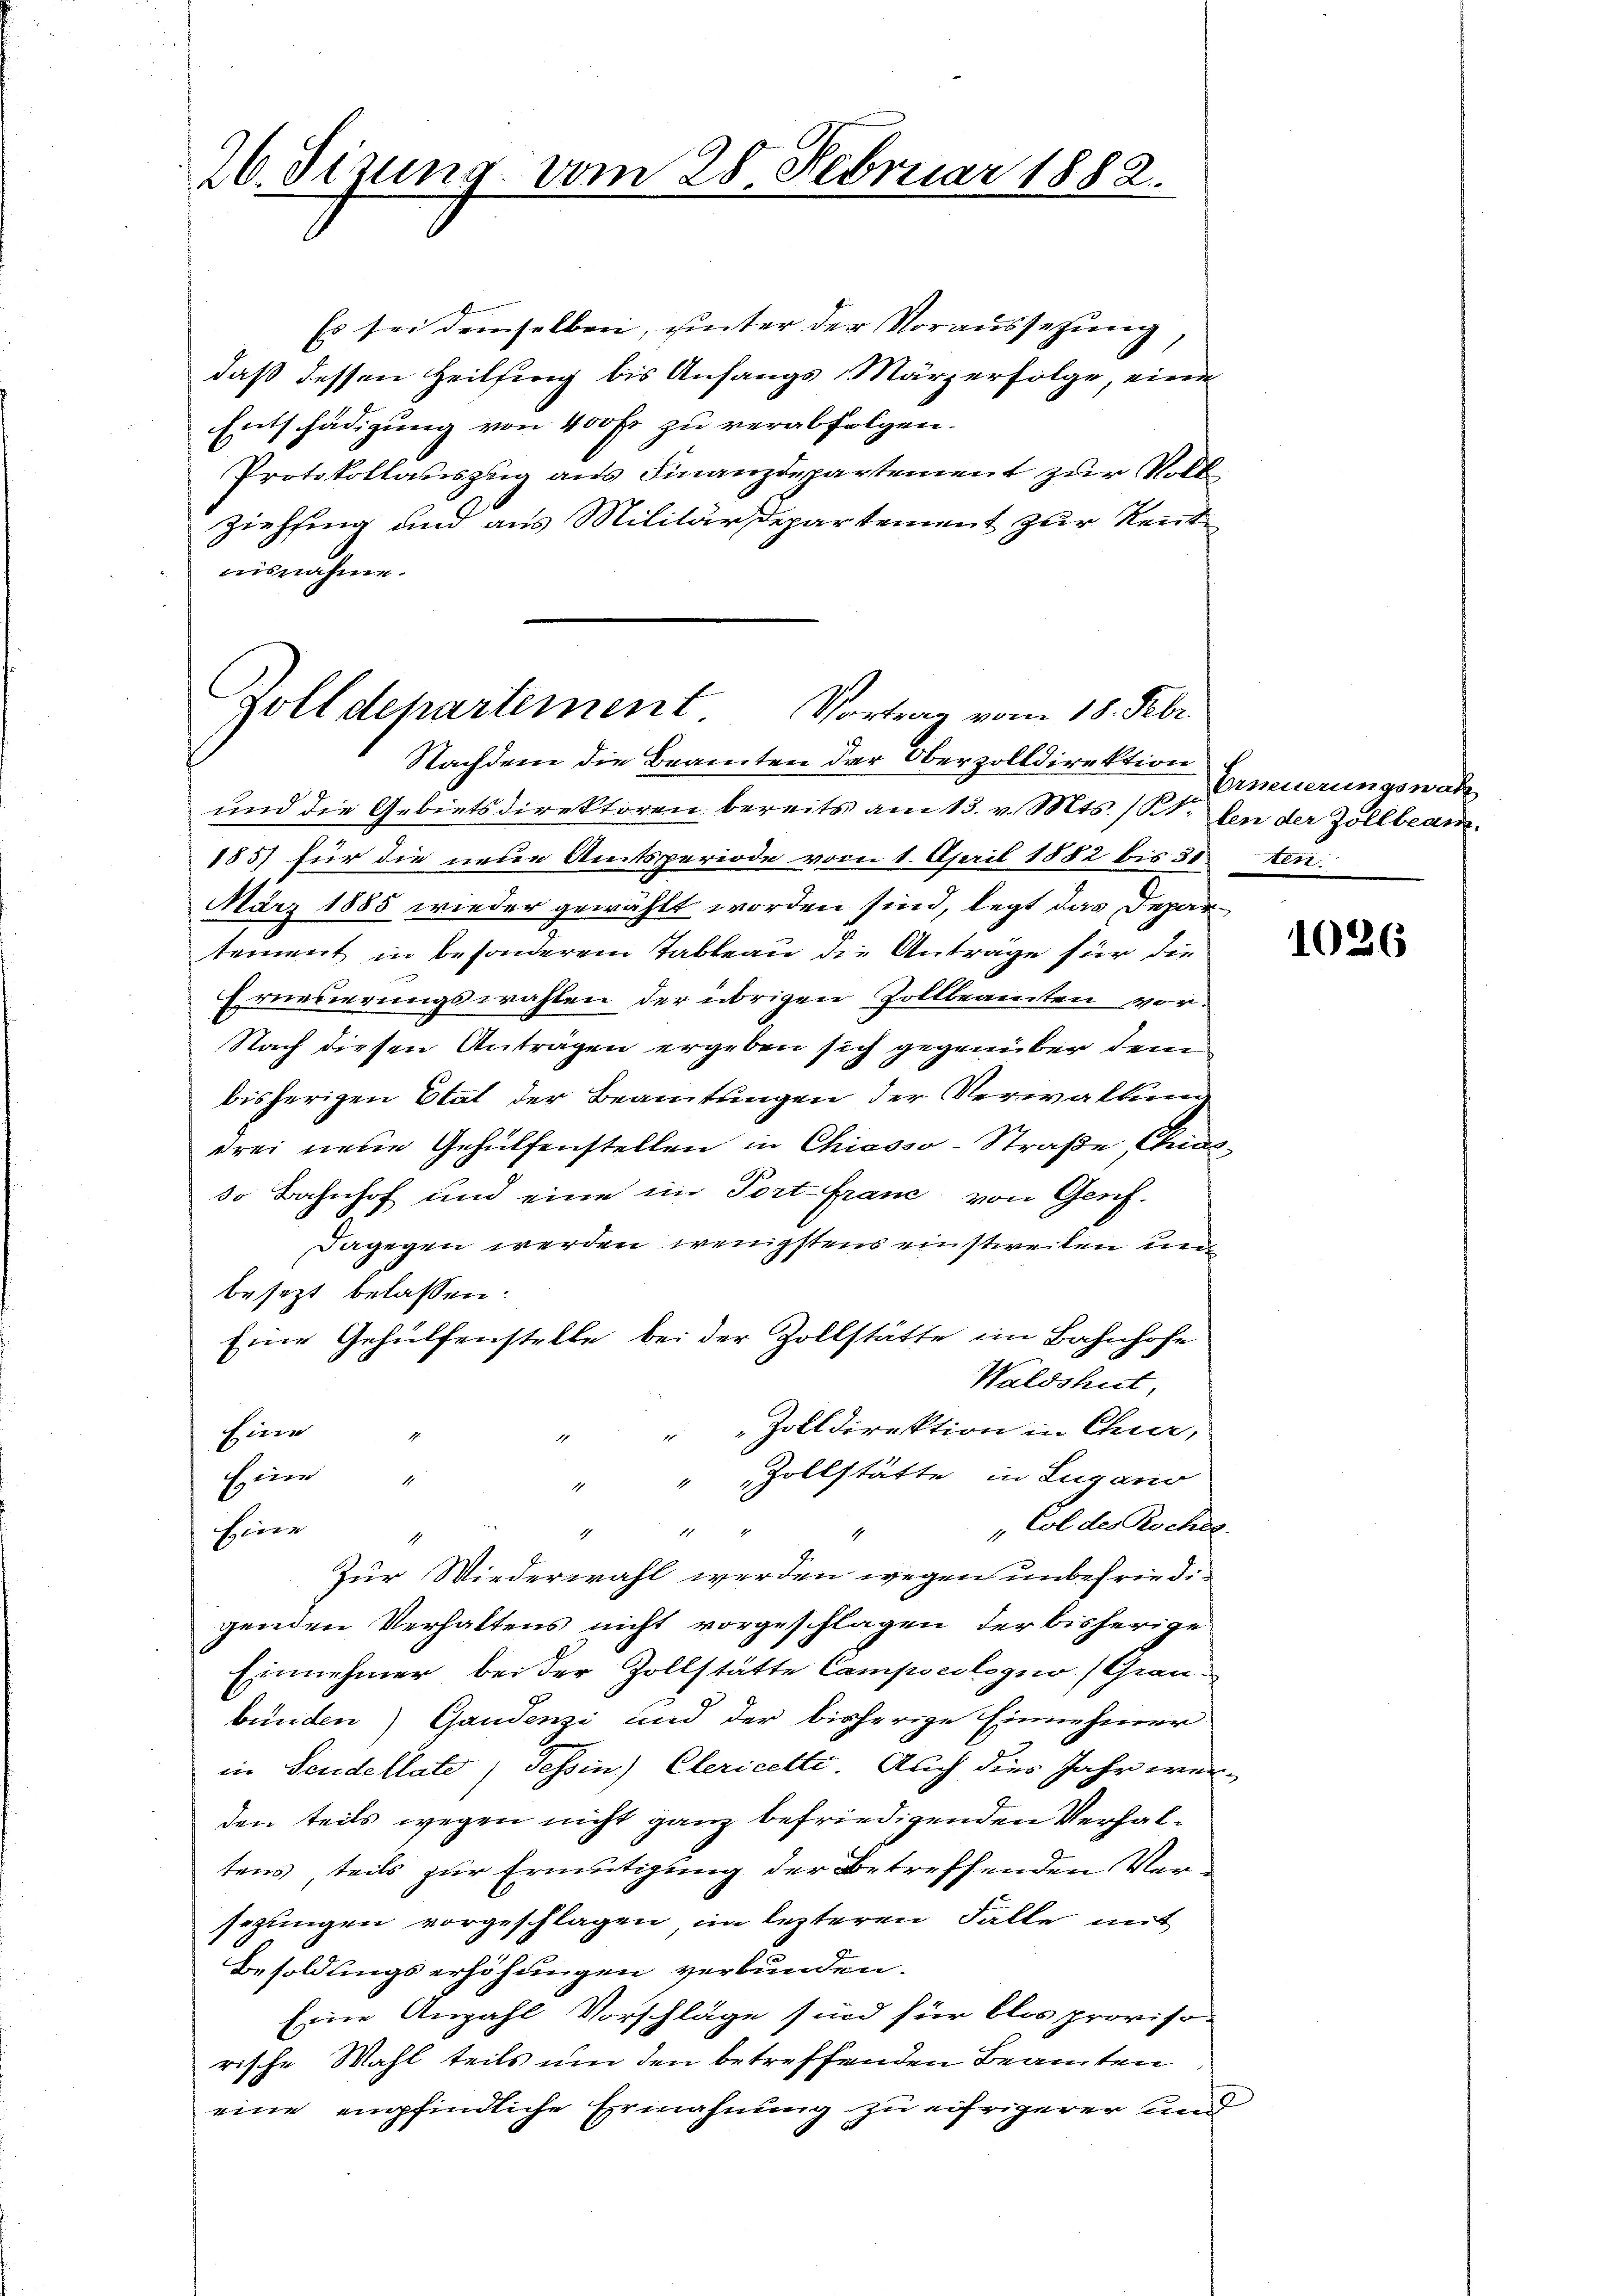
26. Sizung vom 28. Februar 1882.

zolldepartement Vortrag vom 18. Febr.
Nachdem die Beamten der Oberzolldirektion

Es sei demselben, unter der Voraussetzung,
daß dessen Heilsing bis Anfangs März erfolge, eine
Entschädigung von 400 fr zu verabfolgen.
Protokollauszug aus Finanzdepartement zur Volk
Ziehsing und aus Militärdepartement zur Rent
ausnahme.

und die Gebietsdirektoren bereits am 13. v. Mts. / B. den der Zollbeam
185) für die neue Amtsperiode vom 1. April 1882 bis 30 ten.
März 1885 wieder gewählt worden sind, legt das Departement in besonderem Tableau die Anträge für die
Erneuerungswahlen der übrigen Zollbeamten vor¬
Nach diesen Anträgen ergeben sich gegenüber dem
bisherigen Etat der Beamtungen der Verwaltung
drei neue Gehülfenstellen in Chiasso-Straße, Chia
so Bahnhof und eine im Port-Franc, von Genf.
Dagegen werden wenigstens einstweilen un
besezt belassen:
Eine Gehülfenstelle bei der Zollstätte im Bahnhofe
Waldshut
" " Zolldirektion in Chur,
Eine
A.
" Zollstätte in Lugano
Eine
d
"Col des Roches
Heere
22 2
1
4
Zur Wiederwahl werden wegen unbefriedigenden Verhaltens nicht vorgeschlagen der bisherige
Einnehmer, bei der Zollstätte Campscologno (Graubünden) Gandenzi und der bisherige Einnehmer
in Seidellate) Tessin, Clericette. Auch dies Jahr werden teils wegen nicht ganz befriedigenden Verhaltens teils zur Ermütigung der Betreffenden Versezungen vorgeschlagen im lezteren Falle mit
Besoldungserhöhungen verbunden.
Eine Anzahl Vorschläge sind für blos proviso
rische Wahl teils um den betreffenden Beamten
eine empfindliche Ermahnung zu eifrigerer und

Erneuerungswah

1026